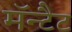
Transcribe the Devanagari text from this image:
मॅन्टैट